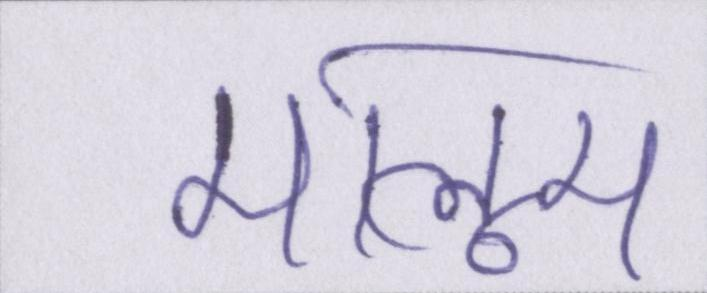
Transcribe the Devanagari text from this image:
मालूम